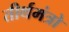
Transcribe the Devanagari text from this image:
तीर्थमंत्रो